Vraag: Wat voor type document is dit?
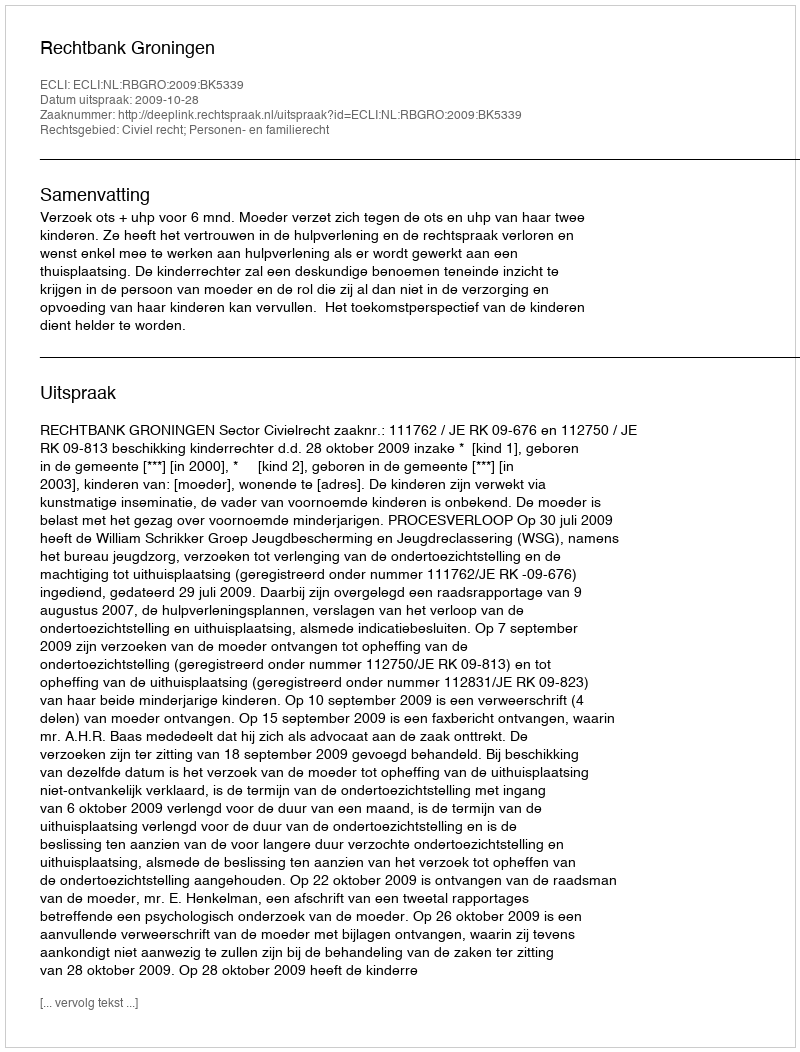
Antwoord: Uitspraak